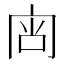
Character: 𰇟